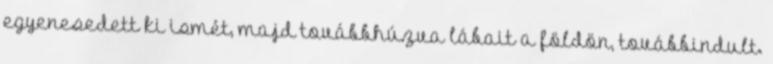
egyenesedett ki ismét, majd továbbhúzva lábait a földön, továbbindult.